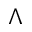
\Lambda